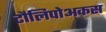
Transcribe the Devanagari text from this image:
टौलिपोअकस